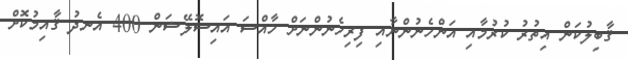
ޤާބިލުކަން އިތުރު ކުރުމާއި އަންހެނުންނާއި ފިރިހެނުންނަށް ޚާއްސަ އައިސޮލޭޝަން 400 އެނދު ޤާއިމުކޮށް